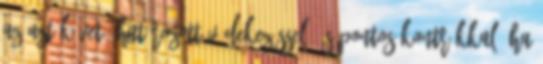
az azt követő határozott védekezéssel, és pontos kontrákkal. Ha